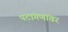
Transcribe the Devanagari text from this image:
पटांगणांवर